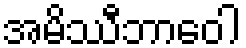
အမိဿီဘာဝေါ